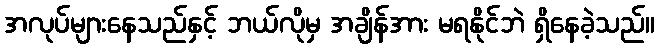
အလုပ်များနေသည်နှင့် ဘယ်လိုမှ အချိန်အား မရနိုင်ဘဲ ရှိနေခဲ့သည်။